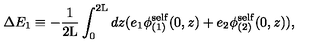
\Delta E _ { 1 } \equiv - \frac { 1 } { 2 \mathrm { L } } \int _ { 0 } ^ { 2 \mathrm { L } } d z ( e _ { 1 } { \phi } _ { ( 1 ) } ^ { \mathrm { s e l f } } ( 0 , z ) + e _ { 2 } { \phi } _ { ( 2 ) } ^ { \mathrm { s e l f } } ( 0 , z ) ) ,